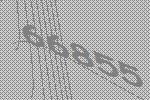
66855